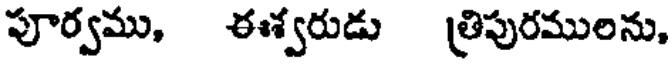
పూర్వము, ఈశ్వరుడు త్రిపురములను,